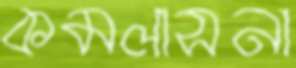
কমলাসনা